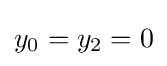
y_{0}=y_{2}=0